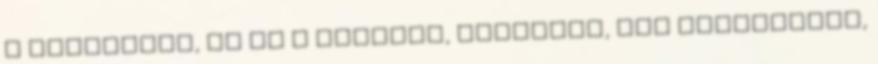
a funkcioja, ot is a rendezo, operator, stb ugraltatja,